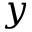
y